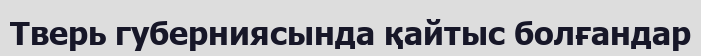
Тверь губерниясында қайтыс болғандар